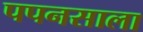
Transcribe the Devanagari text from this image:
पपनसाला